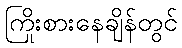
ကြိုးစားနေချိန်တွင်